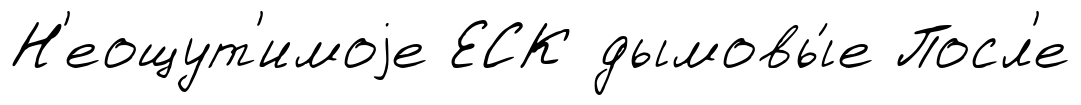
Н'еощут'имоjе ЕСК дымовы́е Посл'е